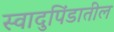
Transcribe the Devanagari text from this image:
स्वादुपिंडातील